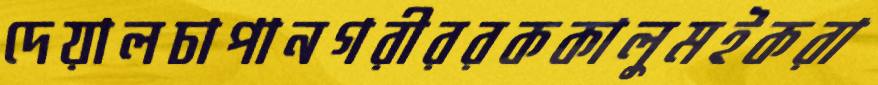
দেয়ালচাপানগরীররককালুমইকরা